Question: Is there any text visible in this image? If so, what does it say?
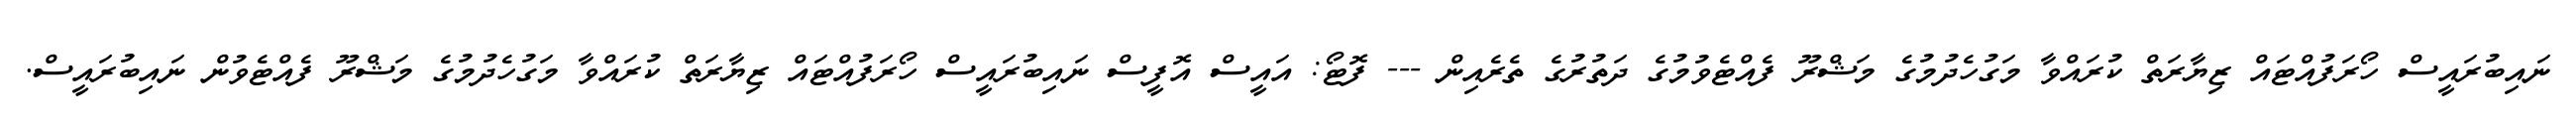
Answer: ނައިބުރައީސް ހޯރަފުއްޓައް ޒިޔާރަތް ކުރައްވާ މަގުހެދުމުގެ މަޝްރޫ ފެއްޓެވުމުގެ ދަތުރުގެ ތެރެއިން --- ފޮޓޯ: އައީސް އޮފީސް ނައިބުރައީސް ހޯރަފުއްޓައް ޒިޔާރަތް ކުރައްވާ މަގުހެދުމުގެ މަޝްރޫ ފެއްޓެވުން ނައިބުރައީސް.